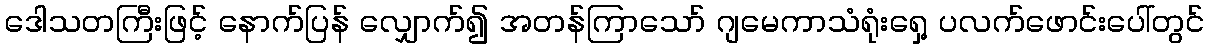
ဒေါသတကြီးဖြင့် နောက်ပြန် လျှောက်၍ အတန်ကြာသော် ဂျမေကာသံရုံးရှေ့ ပလက်ဖောင်းပေါ်တွင်